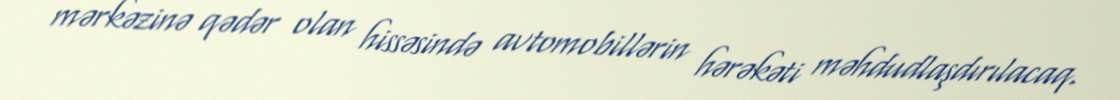
mərkəzinə qədər olan hissəsində avtomobillərin hərəkəti məhdudlaşdırılacaq.